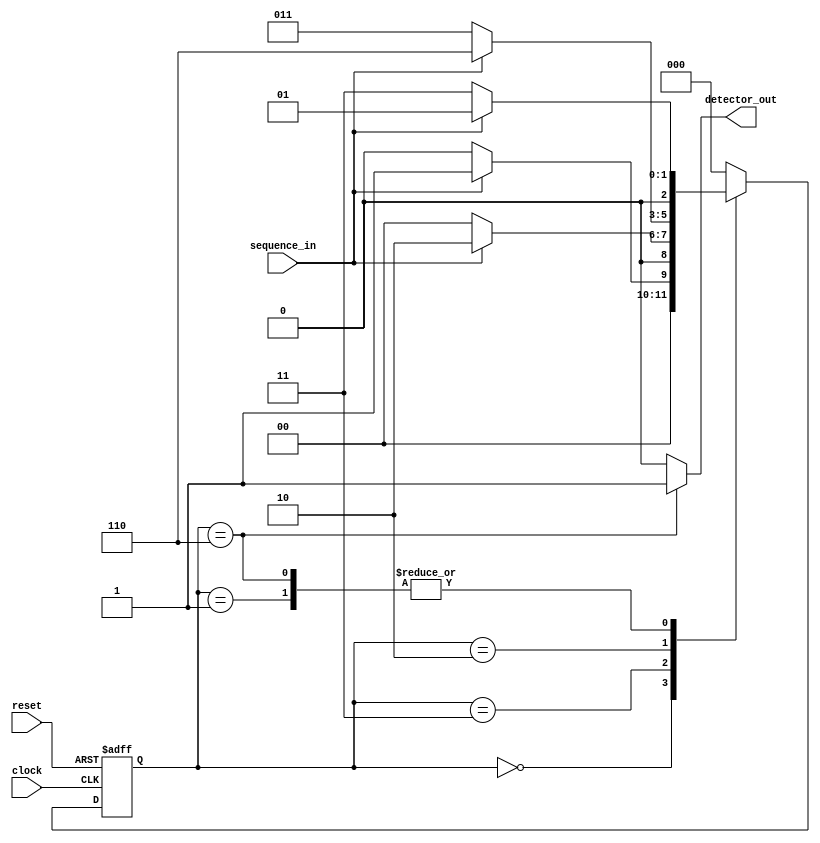
module sequence_detector_MOORE_verilog(sequence_in,clock,reset,detector_out);
input clock;
input reset;
input sequence_in;

output reg detector_out;

parameter zero = 3'b000,
one = 3'b001,
onezero = 3'b011,
onezeroone = 3'b010,
onezerooneone = 3'b110;
reg[2:0] current_state, next_state;

always@(posedge clock, posedge reset)
begin
	if(reset)
		current_state <= zero;
	else
		current_state <= next_state;
end

always@(current_state, sequence_in)
begin
case(current_state)
zero:
begin
	if(sequence_in == 1)
		next_state <= one;
	else
		next_state <= zero;
end

one: 
begin
	if(sequence_in == 0)
		next_state <= onezero;
	else
		next_state <= one;
end

onezero: 
begin
	if(sequence_in == 0)
		next_state <= zero;
	else
		next_state <= onezeroone;
end

onezeroone: 
begin
	if(sequence_in == 1)
		next_state <= onezerooneone;
	else
		next_state <= onezero;
end

onezerooneone: 
begin
	if(sequence_in == 1)
		next_state <= one;
	else
		next_state <= onezero;
end
default : next_state <= zero;
endcase
end

always@(current_state)
begin
case(current_state)

zero : detector_out = 0;
one : detector_out = 0;
onezero : detector_out = 0;
onezeroone : detector_out = 0;
onezerooneone : detector_out = 1;

default : detector_out = 0;
endcase
end

endmodule